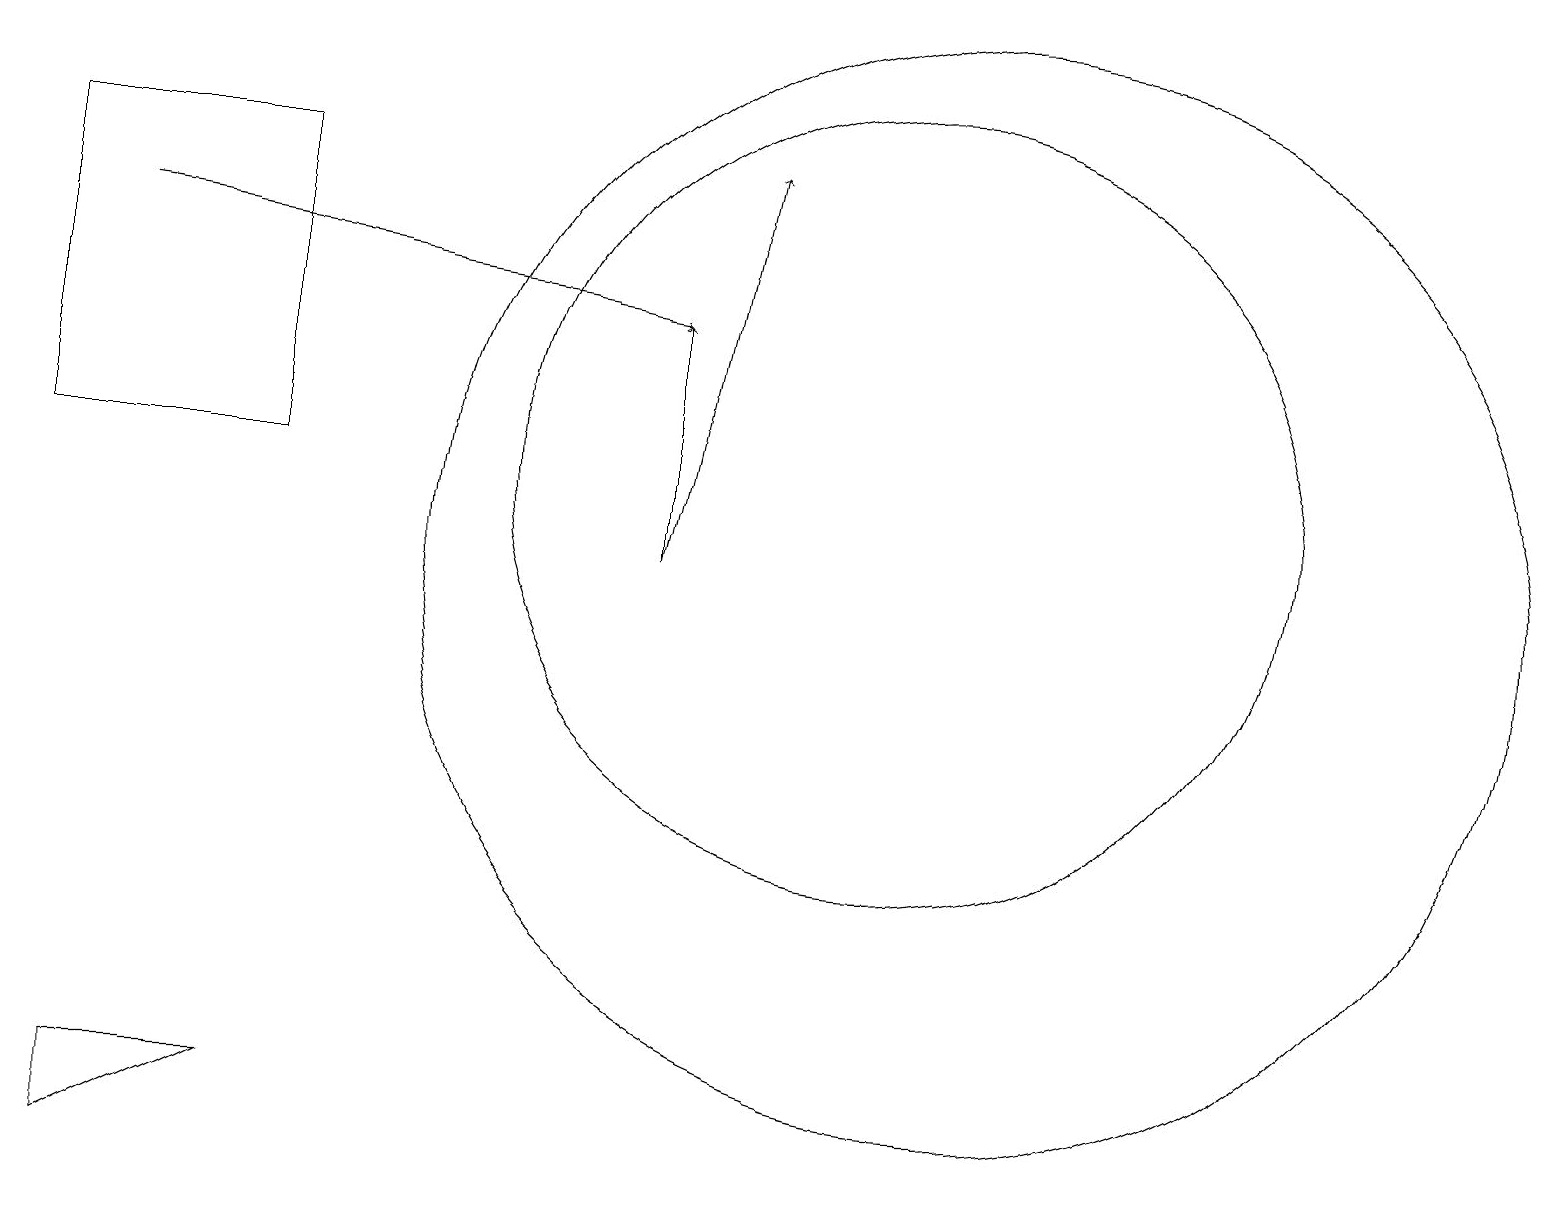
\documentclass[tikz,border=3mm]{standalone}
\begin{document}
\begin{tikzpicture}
\draw[->] (8,11) -- (8,14);
\draw (12,11) circle (7);
\draw (11,12) circle (5);
\draw[->] (8,11) -- (9,16);
\draw (3,4) -- (1,3) -- (1,4) -- cycle;
\draw[->] (1,15) -- (8,14);
\draw (0,12) rectangle (3,16);
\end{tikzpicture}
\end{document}